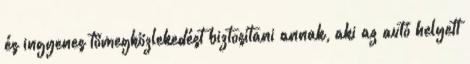
és ingyenes tömegközlekedést biztosítani annak, aki az autó helyett